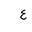
Letter: _ayn